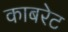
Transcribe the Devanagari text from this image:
काबरेट